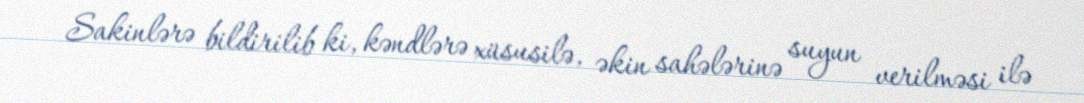
Sakinlərə bildirilib ki, kəndlərə xüsusilə, əkin sahələrinə suyun verilməsi ilə